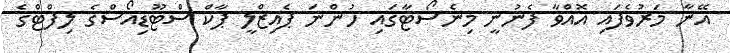
އޭނާ މަރުވެފައި އޮއްވާ ފެނުނީ މިނެސޯޓާގައި ހުންނަ ޕެއިޒްލީ ޕާކް ސްޓޫޑިއޯސްގެ ލިފްޓްގެ